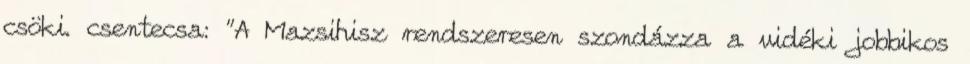
csöki. csentecsa: "A Mazsihisz rendszeresen szondázza a vidéki jobbikos